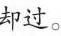
却过。